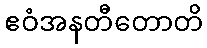
ဧဝံအနတီတောတိ